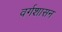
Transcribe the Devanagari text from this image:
वर्गशासन